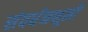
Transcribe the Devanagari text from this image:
संवर्धनभूमी